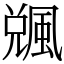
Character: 䬇